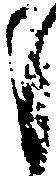
も